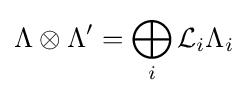
\Lambda \otimes \Lambda '=\bigoplus _{i}{\mathcal {L}}_{i}\Lambda _{i}